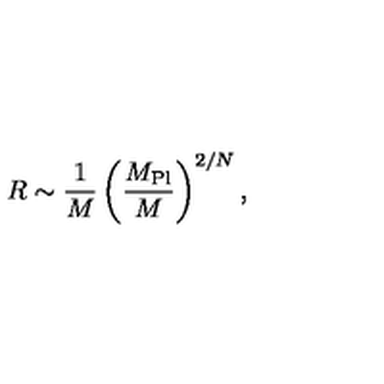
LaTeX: R \sim { \frac { 1 } { M } } \left( \frac { M _ { \mathrm { P l } } } { M } \right) ^ { 2 / N } ,